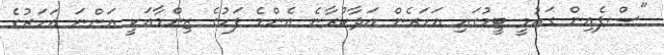
"ސްޕެއިން ގައުމީ ޓީމުގައި އަހަރެން އަދާކުރާނެ އެންމެ ފަހުގެ ޒިންމާއަކީ އަންނަ އަހަރުގެ